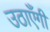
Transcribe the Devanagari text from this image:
उठाएँगी